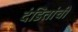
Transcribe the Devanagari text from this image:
दंडितांची